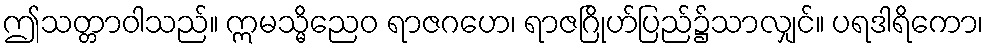
ဤသတ္တာဝါသည်။ ဣမသ္မိညေဝ ရာဇဂဟေ၊ ရာဇဂြိုဟ်ပြည်၌သာလျှင်။ ပရဒါရိကော၊